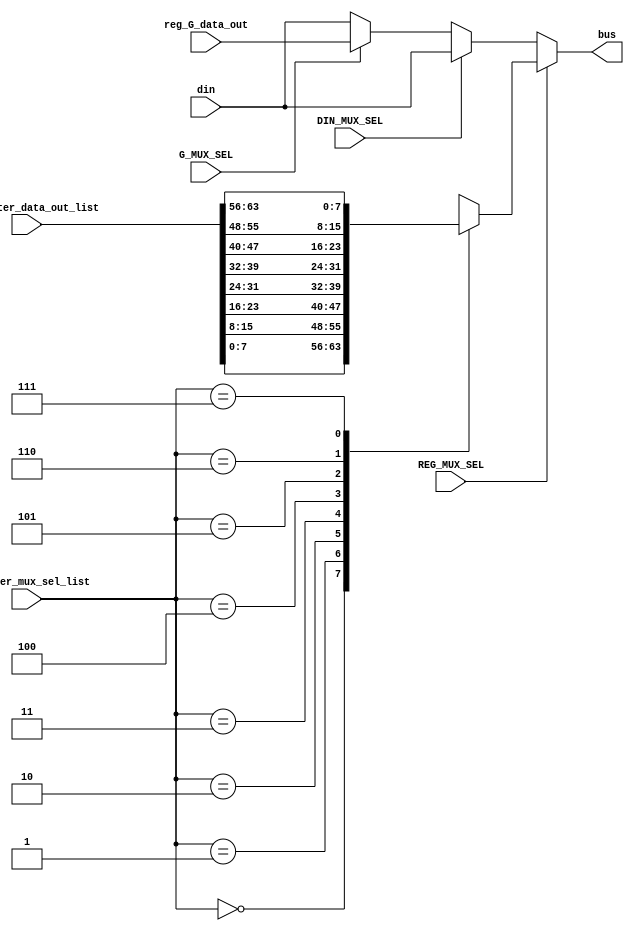
module Multiplxer (
	din, 					// Input, data in
	f_register_data_out_list,	// Input, flattened register[] data
	reg_G_data_out,			// Input, register G data

	register_mux_sel_list, // Input, register[] select
	DIN_MUX_SEL, G_MUX_SEL,	REG_MUX_SEL, // Input, Din/G/REG select

	bus						// Output, bus
	);

	parameter DATA_WIDTH = 8;
	parameter REG_COUNT = 8;
	parameter REG_COUNT_BIT_WIDTH = 3;	// 2^3 = 8

	input [DATA_WIDTH-1:0] din;
	input [DATA_WIDTH*REG_COUNT-1:0] f_register_data_out_list;	
	input [DATA_WIDTH-1:0] reg_G_data_out;

	input [REG_COUNT_BIT_WIDTH-1:0] register_mux_sel_list;
	input DIN_MUX_SEL, G_MUX_SEL, REG_MUX_SEL;

	output reg [DATA_WIDTH-1:0] bus;

	reg [DATA_WIDTH-1:0] register_data_out_list[REG_COUNT-1:0];
	
	integer i;
	always @* begin
	for (i = 0; i < REG_COUNT; i = i + 1)
		register_data_out_list[i] = f_register_data_out_list[DATA_WIDTH*i +: DATA_WIDTH];
	end

	always @(
			register_mux_sel_list, 
			DIN_MUX_SEL, 
			G_MUX_SEL,
			REG_MUX_SEL, 
			din, reg_G_data_out) begin
		if (REG_MUX_SEL) begin
			bus = register_data_out_list[register_mux_sel_list];
		end else if (DIN_MUX_SEL) begin
			bus = din;				
		end else if (G_MUX_SEL) begin
			bus = reg_G_data_out;
		end else begin
			bus = din;
		end
	end
endmodule